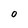
Character: 0